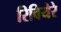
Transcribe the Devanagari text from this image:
रिवियेरे